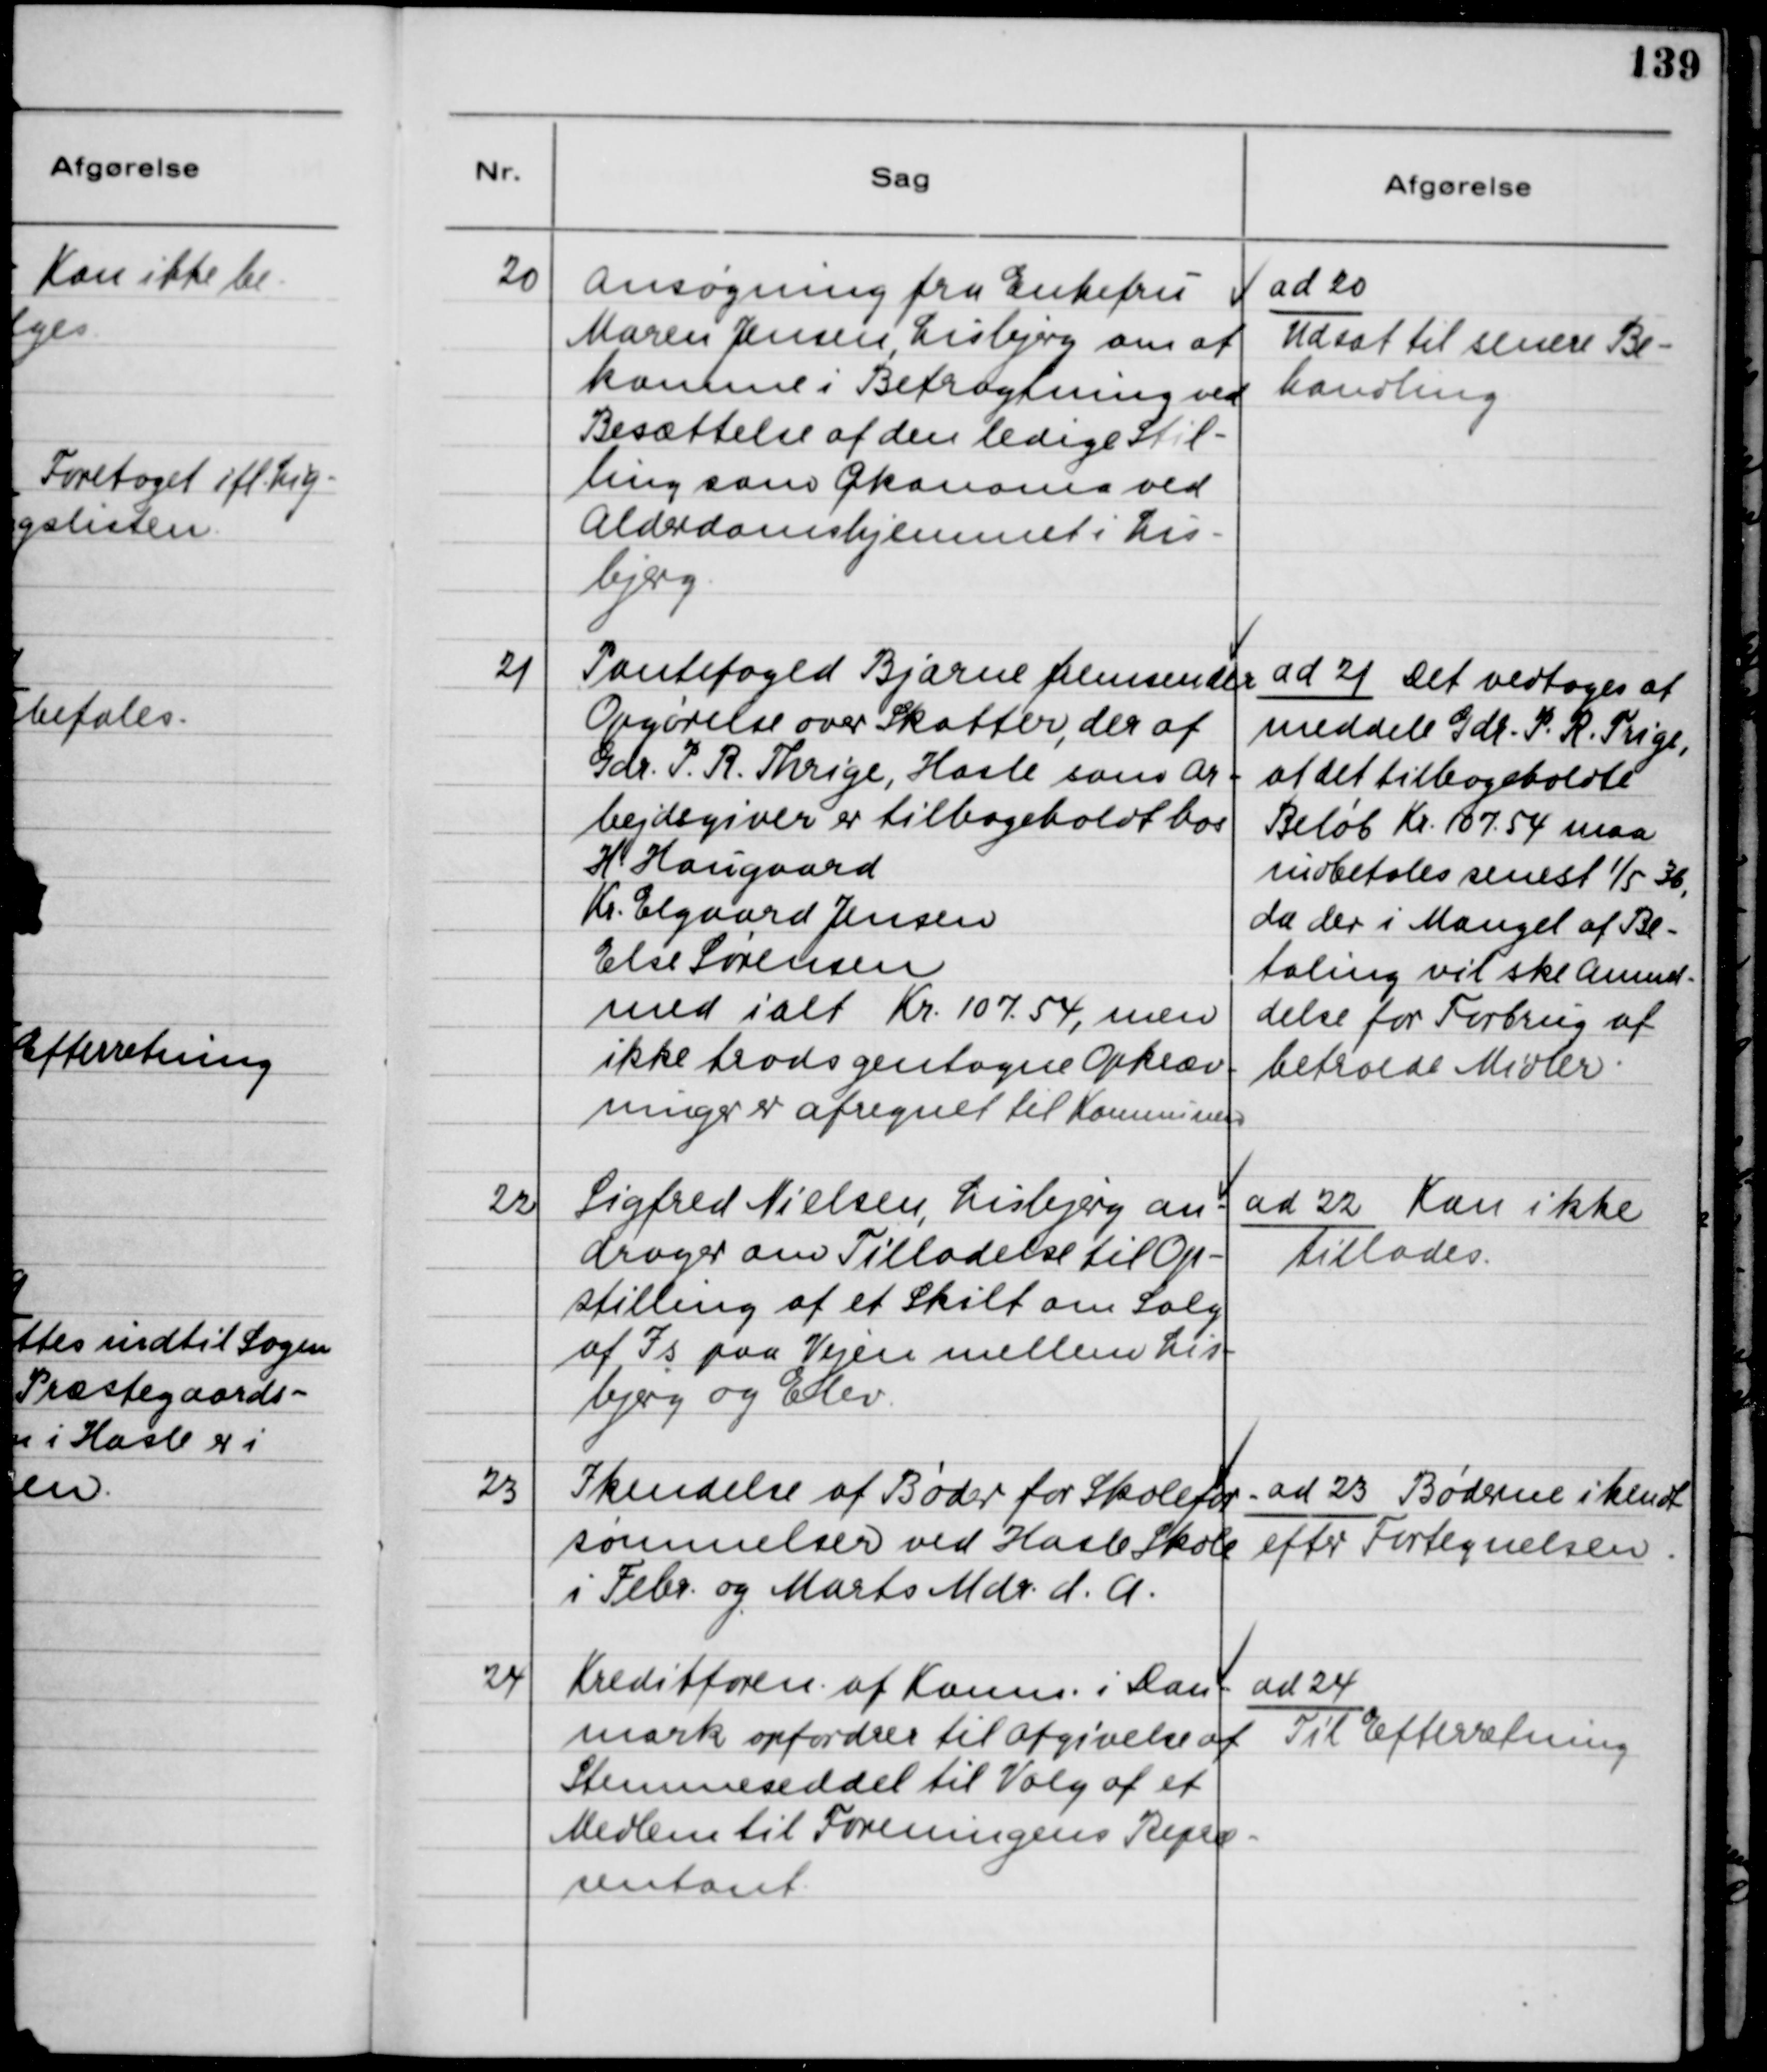
Transskription:
20
Ansøgning fra Enkefru
Maren Jensen, Lisbjerg om at
komme i Betragtning ved
Besættelse af den ledige Stil-
ling som Økonoma ved
Alderdomshjemmet i Lis-
bjerg.
ad 20
Udsat til senere Be-
handling.
21
Pantefoged Bjarne fremsender
Opgørelse over Skatter, der af
Gdr. P.R. Thrige, Hasle som Ar-
bejdsgiver er tilbageholdt hos
H. Haugaard
Kr. Elgaard Jensen
Else Sørensen
med ialt Kr. 107.54, men
ikke trods gentagne Opkræv-
ninger er afregnet til Kommunen.
ad 21 Det vedtoges at
meddele Gdr. P.R. Trige,
at det tilbageholdte
Beløb Kr. 107.54 maa
indbetales senest 1/5 36,
da der i Mangel af Be-
taling vil ske Anmel-
delse for Forbrug af
betroede Midler.
22
Sigfred Nielsen, Lisbjerg an-
drager om Tilladelse til Op-
stilling af et Skilt om Salg
af Is paa Vejen mellem Lis-
bjerg og Elev.
ad 22 Kan ikke
tillades.
23
Ikendelse af Bøder for Skolefor-
sømmelser ved Hasle Skole
i Febr. og Marts Mdr. d.A.
ad 23 Bøderne ikendt
efter fortegnelsen.
24
Kreditforen. af Komm. i Dan-
mark opfordres til Afgivelse af
Stemmeseddel til Valg af et
Medlem til Foreningens Repræ-
sentant.
ad 24
Til Efterretning